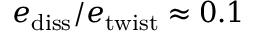
e _ { \mathrm { d i s s } } / e _ { \mathrm { t w i s t } } \approx 0 . 1